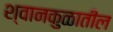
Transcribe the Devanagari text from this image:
श्वानकुळातील